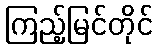
ကြည့်မြင်တိုင်